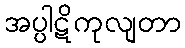
အပ္ပါဋိကုလျတာ